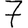
Digit: 7